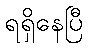
ရရှိနေပြီ